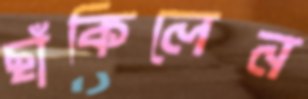
ছাঁকিলেন